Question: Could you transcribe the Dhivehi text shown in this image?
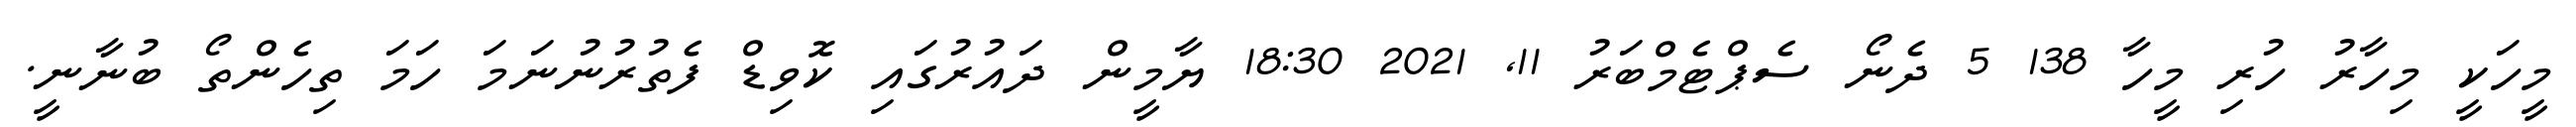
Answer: މީހަކީ މިހާރު ހުރި މީހާ 138 5 ދެނޯ ސެޕްޓެމްބަރު 11, 2021 18:30 ޔާމީން ދައުރުގައި ކޮވިޑް ފެތުރުނުނަމަ ހަމަ ތިހެންތޯ ބުނާނީ.